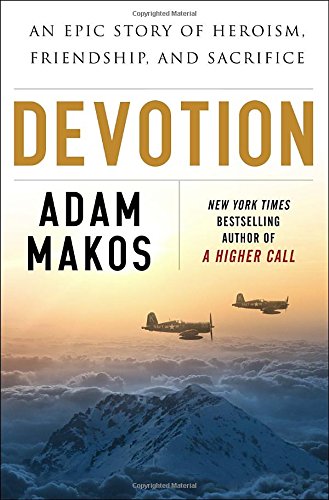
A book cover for Devotion: An Epic Story of Heroism, Friendship, and Sacrifice; Adam Makos; Engineering & Transportation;